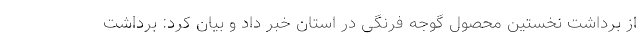
از برداشت نخستین محصول گوجه فرنگی در استان خبر داد و بیان کرد: برداشت